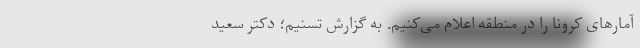
آمارهای کرونا را در منطقه اعلام می‌کنیم. به گزارش تسنیم؛ دکتر سعید